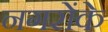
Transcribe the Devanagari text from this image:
नगरोंके